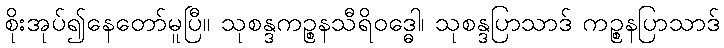
စိုးအုပ်၍နေတော်မူပြီ။ သုစန္ဒကဉ္စနသီရိဝဒ္ဓေါ၊ သုစန္ဒပြာသာဒ် ကဉ္စနပြာသာဒ်